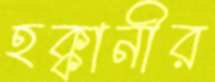
হক্কানীর